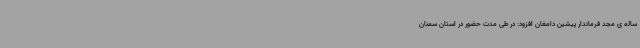
ساله ی مجد فرماندار پیشین دامغان افزود: در طی مدت حضور در استان سمنان